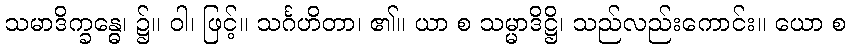
သမာဒိက္ခန္ဓေ၊ ၌။ ဝါ၊ ဖြင့်။ သင်္ဂဟိတာ၊ ၏။ ယာ စ သမ္မာဒိဋ္ဌိ၊ သည်လည်းကောင်း။ ယော စ